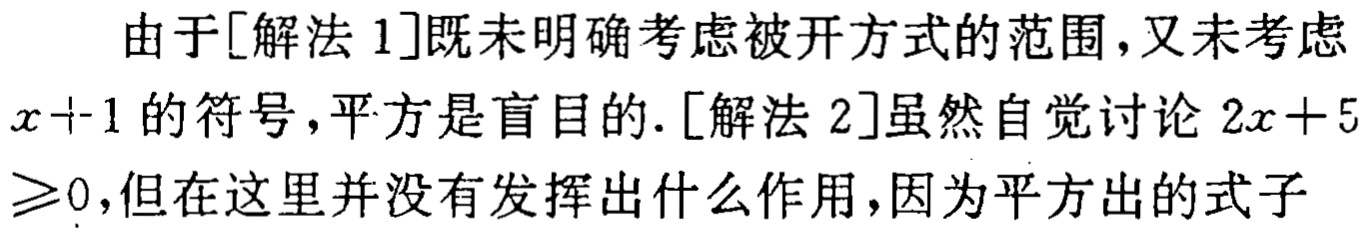
由于[解法 1]既未明确考虑被开方式的范围，又未考虑
\(x + 1\)的符号，平方是盲目的.[解法 2]虽然自觉讨论\(2x + 5\)
\(\geqslant0\)，但在这里并没有发挥出什么作用，因为平方出的式子